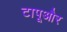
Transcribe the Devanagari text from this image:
टापूऔर